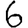
Digit: 6